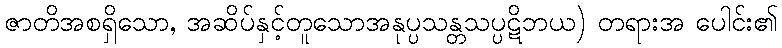
ဇာတိအစရှိသော, အဆိပ်နှင့်တူသောအနုပ္ပသန္တသပ္ပဋိဘယ) တရားအ ပေါင်း၏